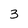
Character: 3